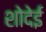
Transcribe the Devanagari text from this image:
शोदेई